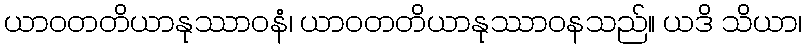
ယာဝတတိယာနုဿာဝနံ၊ ယာဝတတိယာနုဿာဝနသည်။ ယဒိ သိယာ၊